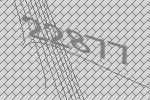
22877